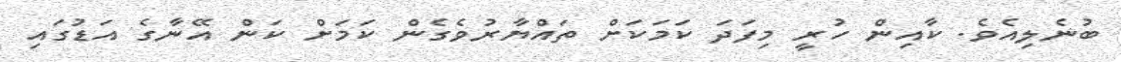
ބުނެލިއެވެ. ކާއިން ހުރީ މިފަދަ ކަމަކަށް ތައްޔާރުވެގެން ކަމަށް ކަން އޭނާގެ އަޑުގައި